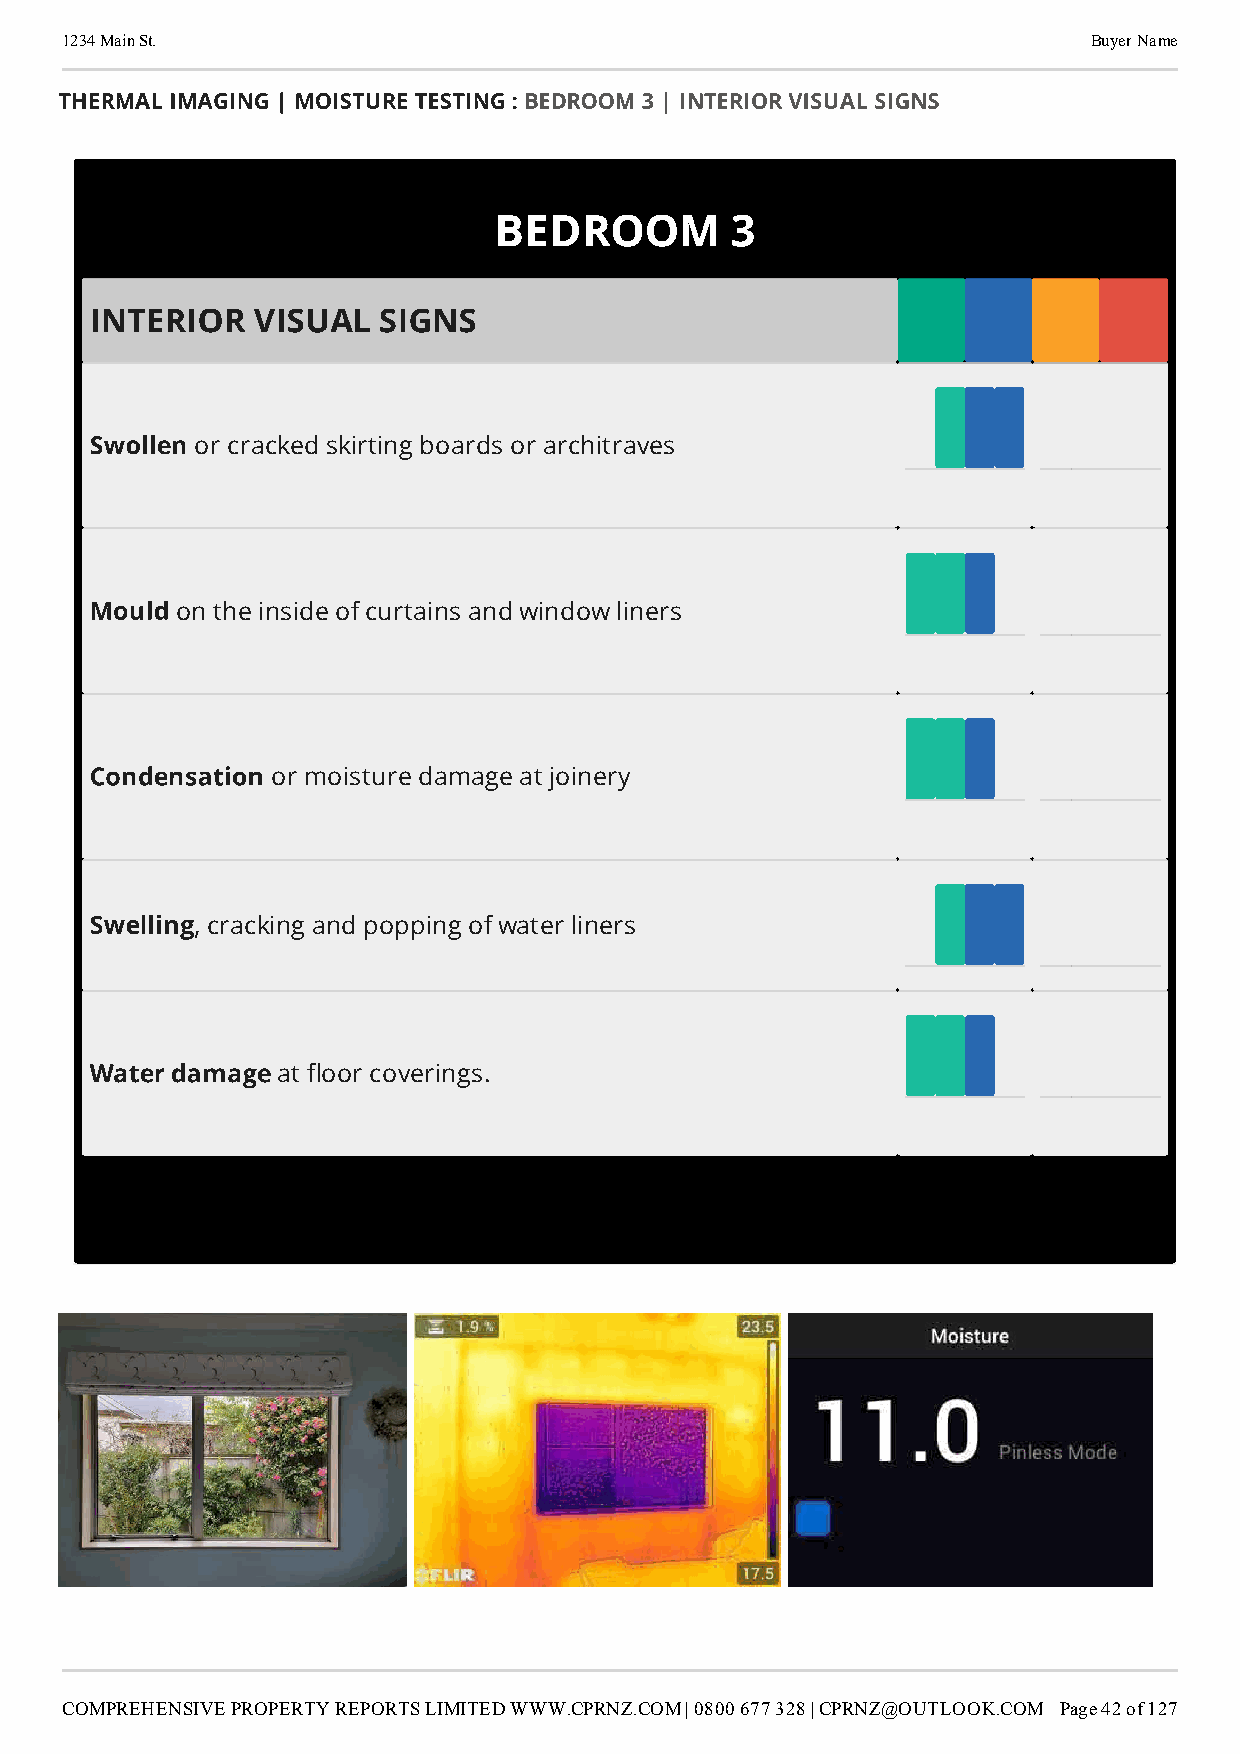
1234 Main St.                                                       Buyer Name
 THERMAL IMAGING | MOISTURE TESTING : BEDROOM 3 | INTERIOR VISUAL SIGNS
 BEDROOM        3
 INTERIOR   VISUAL  SIGNS
 Swollen
 or cracked skirting boards or architraves
 Mould
 on the inside of curtains and window liners
 Condensation
 or moisture damage at joinery
 Swelling
 , cracking and popping of water liners
 Water damage
 at oor coverings.
 COMPREHENSIVE PROPERTY REPORTS LIMITED WWW.CPRNZ.COM | 0800 677 328 | CPRNZ@OUTLOOK.COM Page 42 of 127